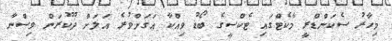
މިހާރު ސެކަންޑްރީ މާކެޓްގައި ޓެކްސީގެ ބޯޑު ވިއްކާ އަގަށްވުރެ އަލަށް ދޫކުރަން ވިސްނާ